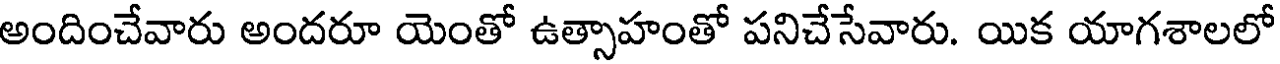
అందించేవారు అందరూ యెంతో ఉత్సాహంతో పనిచేసేవారు. యిక యాగశాలలో